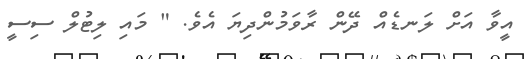
އީވާ އަށް ލަނޑެއް ދޭން ރާވަމުންދިޔަ އެވެ. " މައި ލިޓުލް ސިސީ